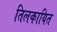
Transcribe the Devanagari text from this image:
तिलकायित